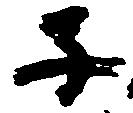
子